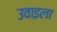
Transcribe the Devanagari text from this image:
उवाइला